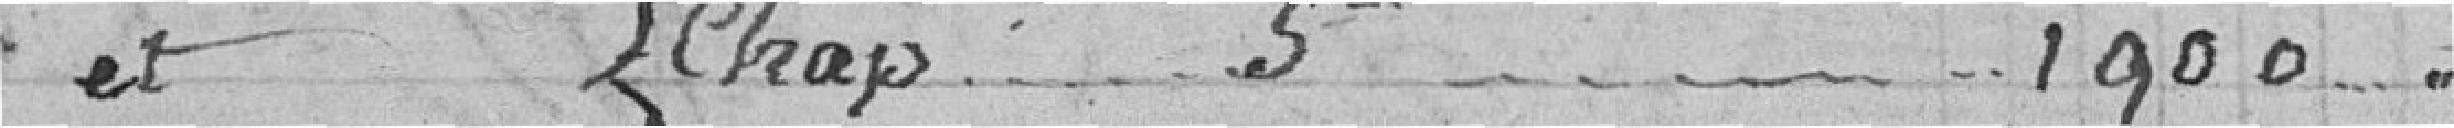
et Chap. 5ème.... 1900